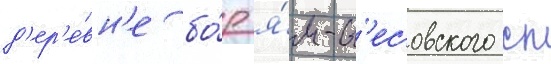
д'ер'е́вн'е бо́р я́м-т'есовского сп